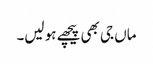
ماں جی بھی پیچھے ہو لیں۔